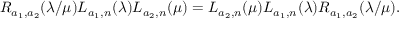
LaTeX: R _ { a _ { 1 } , a _ { 2 } } ( \lambda / \mu ) L _ { a _ { 1 } , n } ( \lambda ) L _ { a _ { 2 } , n } ( \mu ) = L _ { a _ { 2 } , n } ( \mu ) L _ { a _ { 1 } , n } ( \lambda ) R _ { a _ { 1 } , a _ { 2 } } ( \lambda / \mu ) .